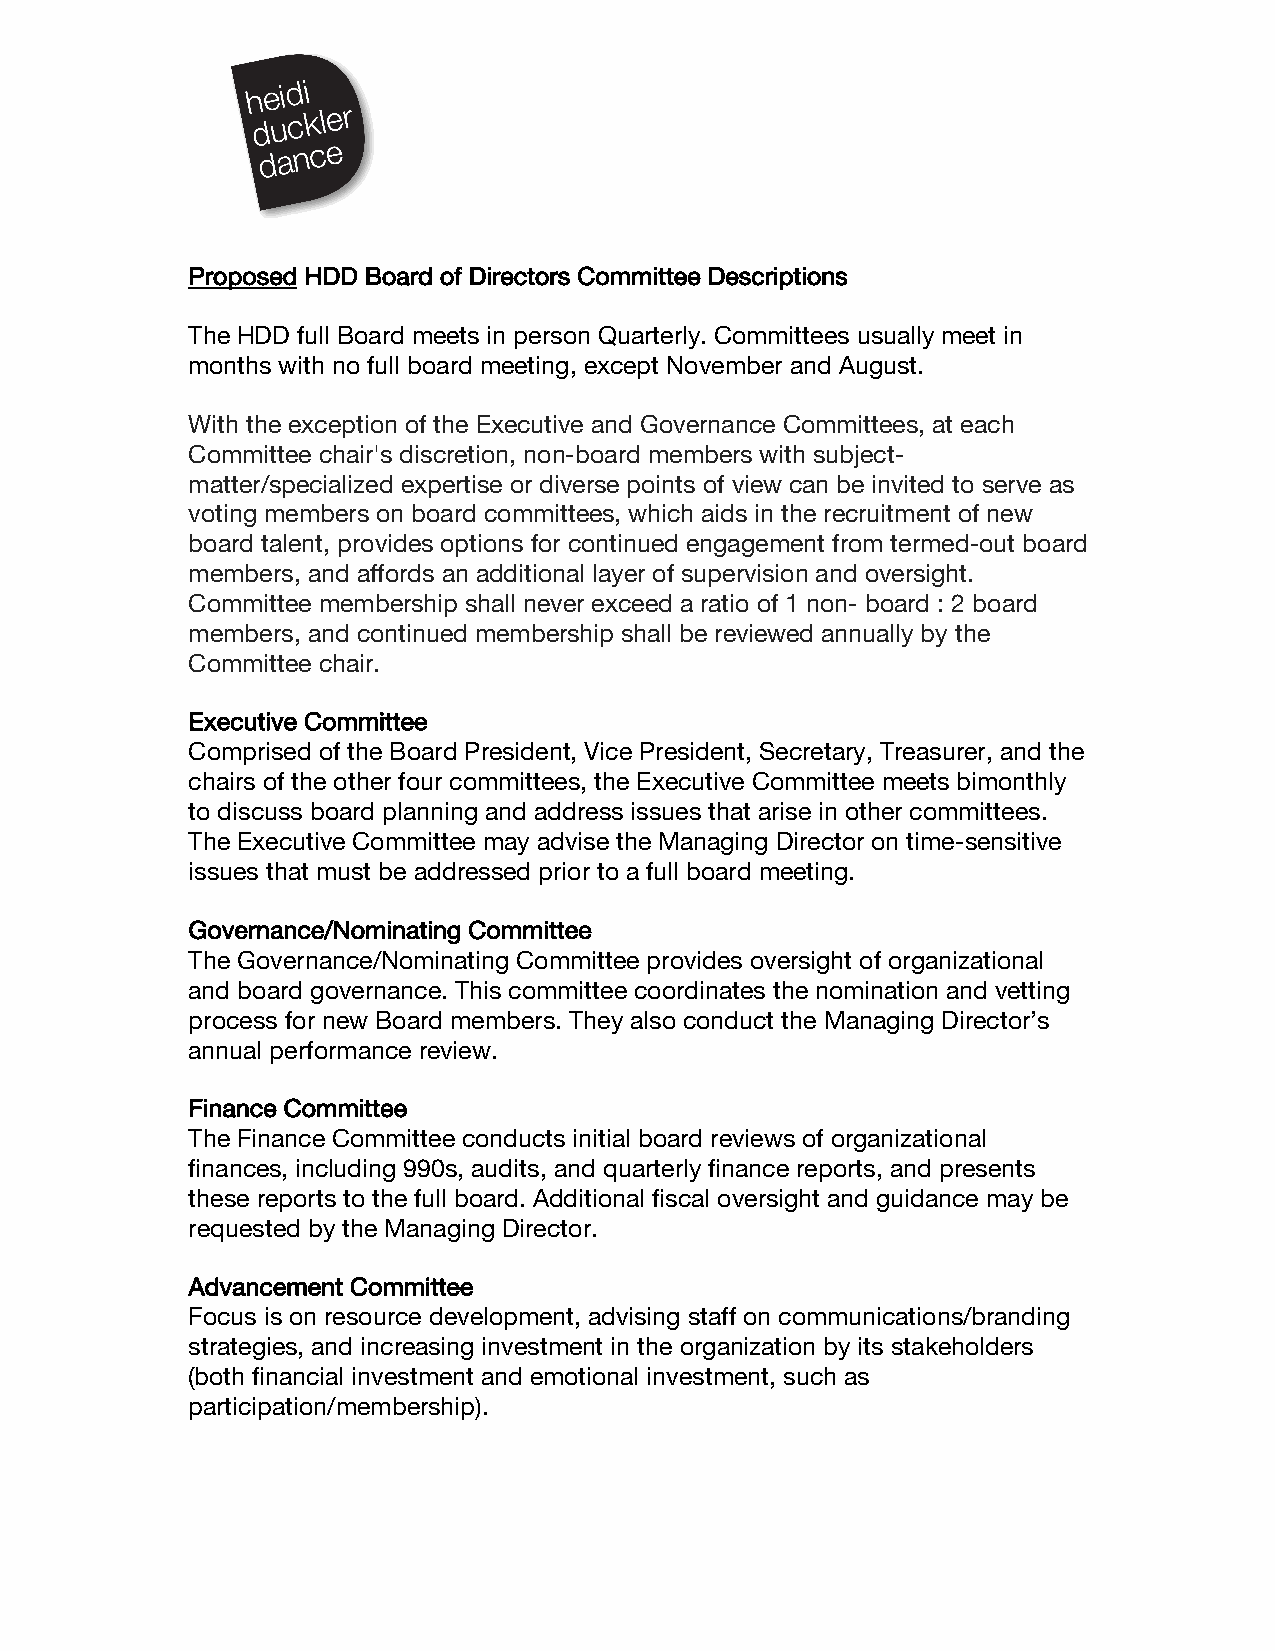
Proposed HDD Board of Directors Committee Descriptions
 The HDD full Board meets in person Quarterly. Committees usually meet in
 months with no full board meeting, except November and August.
 With the exception of the Executive and Governance Committees, at each
 Committee chair's discretion, non-board members with subject-
 matter/specialized expertise or diverse points of view can be invited to serve as
 voting members on board committees, which aids in the recruitment of new
 board talent, provides options for continued engagement from termed-out board
 members, and affords an additional layer of supervision and oversight.
 Committee membership shall never exceed a ratio of 1 non- board : 2 board
 members, and continued membership shall be reviewed annually by the
 Committee chair.
 Executive Committee
 Comprised of the Board President, Vice President, Secretary, Treasurer, and the
 chairs of the other four committees, the Executive Committee meets bimonthly
 to discuss board planning and address issues that arise in other committees.
 The Executive Committee may advise the Managing Director on time-sensitive
 issues that must be addressed prior to a full board meeting.
 Governance/Nominating Committee
 The Governance/Nominating Committee provides oversight of organizational
 and board governance. This committee coordinates the nomination and vetting
 process for new Board members. They also conduct the Managing Director’s
 annual performance review.
 Finance Committee
 The Finance Committee conducts initial board reviews of organizational
 finances, including 990s, audits, and quarterly finance reports, and presents
 these reports to the full board. Additional fiscal oversight and guidance may be
 requested by the Managing Director.
 Advancement Committee
 Focus is on resource development, advising staff on communications/branding
 strategies, and increasing investment in the organization by its stakeholders
 (both financial investment and emotional investment, such as
 participation/membership).